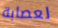
لعصابة